Scottish Leaving Certificate Examination, 1959
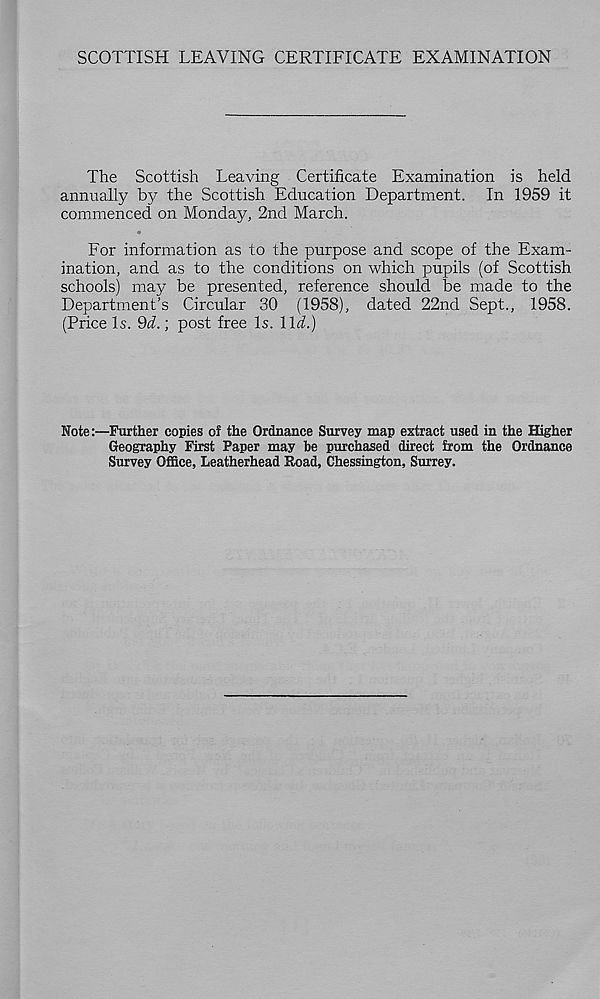
SCOTTISH LEAVING CERTIFICATE EXAMINATION
The Scottish Leaving Certificate Examination is held
annually by the Scottish Education Department. In 1959 it
commenced on Monday, 2nd March.
For information as to the purpose and scope of the Exam-
ination, and as to the conditions on which pupils (of Scottish
schools) may be presented, reference should be made to the
Department's Circular 30 (1958), dated 22nd Sept., 1958.
(Price Is. 9d.; post free Is. \\d.)
Note:—Further copies of the Ordnance Survey map extract used in the Higher
Geography First Paper may be purchased direct from the Ordnance
Survey Office, Leatherhead Road, Chessington, Surrey.